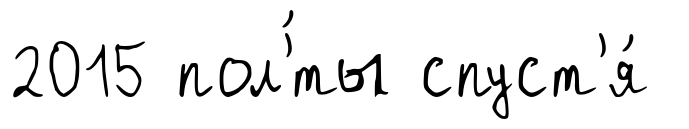
2015 пол'́ты спуст'я́